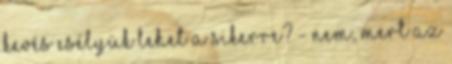
kevés esélyük lehet a sikerre? - Nem, mert az